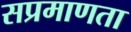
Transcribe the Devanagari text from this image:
सप्रमाणता